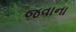
જવાના